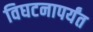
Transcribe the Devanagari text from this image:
विघटनापर्यंत